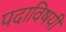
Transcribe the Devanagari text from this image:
पदाविषयी